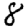
Digit: 8